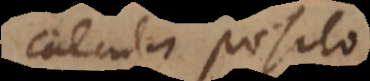
calculi posito